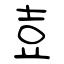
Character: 壴